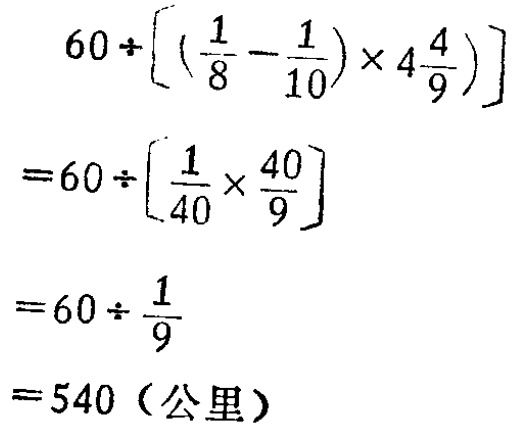
\[

\begin{align*}

&60\div\left[\left(\frac{1}{8}-\frac{1}{10}\right)\times4\frac{4}{9}\right]\\

=&60\div\left[\frac{1}{40}\times\frac{40}{9}\right]\\

=&60\div\frac{1}{9}\\

=&540（\text{公里}）

\end{align*}

\]